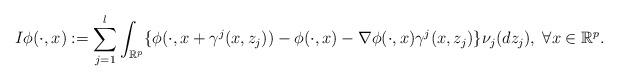
LaTeX: \begin{align*} I\phi(\cdot,x):= \sum_{j=1}^{l} \int_{\mathbb{R}^p} \{\phi(\cdot,x+ \gamma^{j}(x,z_j))-\phi(\cdot,x)-\nabla\phi(\cdot,x) \gamma^{j} (x,z_{j} )\} \nu_{j} (dz_{j}),\;{\forall x\in \mathbb{R}^p.} \end{align*}